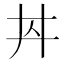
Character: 𱎠